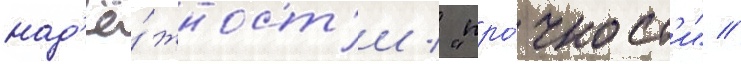
над'ё́жност'и / "про́чност'и" //